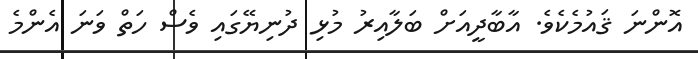
އޮންނަ ޤައުމެކެވެ. އާބާދީއަށް ބަލާއިރު މުޅި ދުނިޔޭގައި ވެސް ހަތް ވަނަ އެންމެ